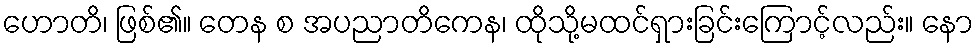
ဟောတိ၊ ဖြစ်၏။ တေန စ အပညာတိကေန၊ ထိုသို့မထင်ရှားခြင်းကြောင့်လည်း။ နော